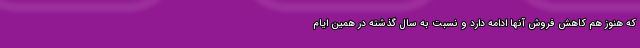
که هنوز هم کاهش فروش آنها ادامه دارد و نسبت به سال گذشته در همین ایام